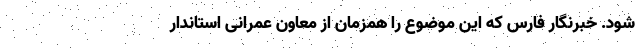
شود. خبرنگار فارس که این موضوع را همزمان از معاون عمرانی استاندار